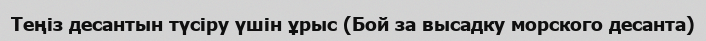
Теңіз десантын түсіру үшін ұрыс (Бой за высадку морского десанта)